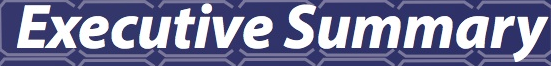
Executive Summary